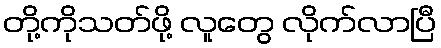
တို့ကိုသတ်ဖို့ လူတွေ လိုက်လာပြီ